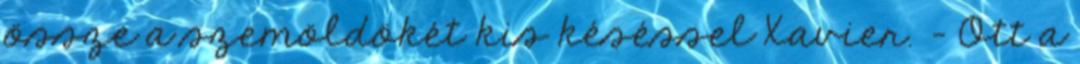
össze a szemöldökét kis késéssel Xavier. - Ott a